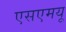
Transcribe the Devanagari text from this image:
एसएमयू